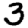
Digit: 3